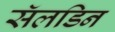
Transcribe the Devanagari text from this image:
सॅलडिन